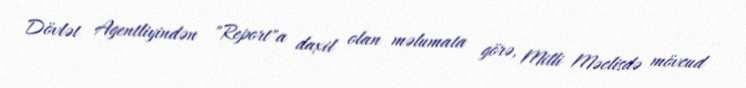
Dövlət Agentliyindən "Report"a daxil olan məlumata görə, Milli Məclisdə mövcud